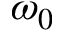
\omega _ { 0 }